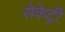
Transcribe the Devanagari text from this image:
सेकेट्री